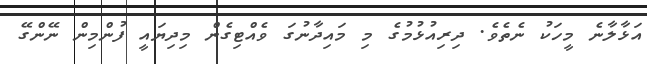
އަޅާލާނެ މީހަކު ނެެތެވެ. ދިރިއުޅުމުގެ މި މައިދާނުގަ ވެއްޓިގެން މިދިޔައީ ފުންމިން ނޭންގޭ